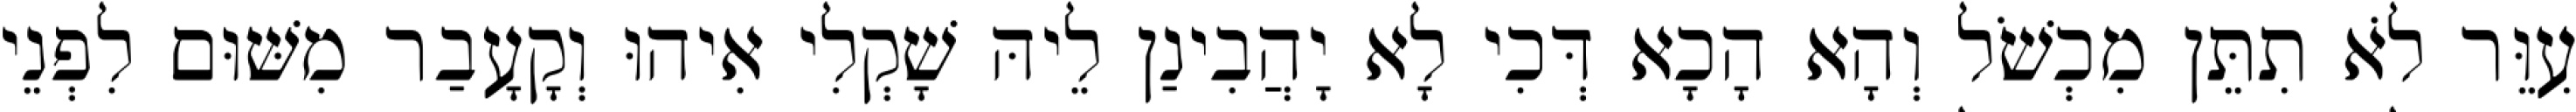
עִוֵּר לֹא תִתֵּן מִכְשֹׁל וְהָא הָכָא דְּכִי לָא יָהֲבִינַן לֵיהּ שָׁקְלִי אִיהוּ וְקָעָבַר מִשּׁוּם לִפְנֵי